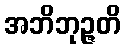
အဘိဘုဉ္ဇတိ